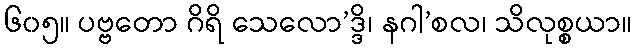
၆၀၅။ ပဗ္ဗတော ဂိရိ သေလော’ဒ္ဒိ၊ နဂါ’စလ၊ သိလုစ္စယာ။